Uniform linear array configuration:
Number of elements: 4
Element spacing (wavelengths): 0.75
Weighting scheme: binomial
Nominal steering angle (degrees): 30
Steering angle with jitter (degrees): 29.765
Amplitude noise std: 0.05
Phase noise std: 0.05

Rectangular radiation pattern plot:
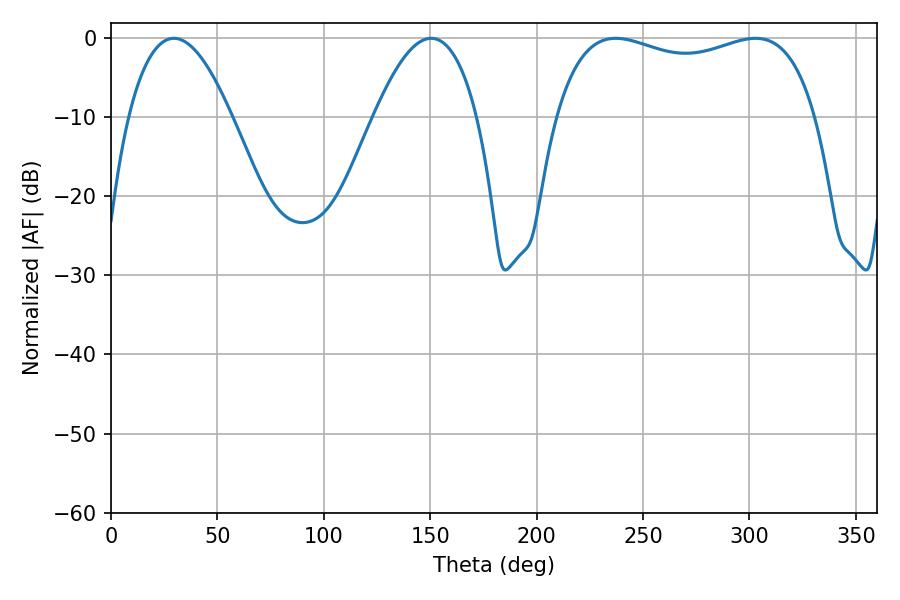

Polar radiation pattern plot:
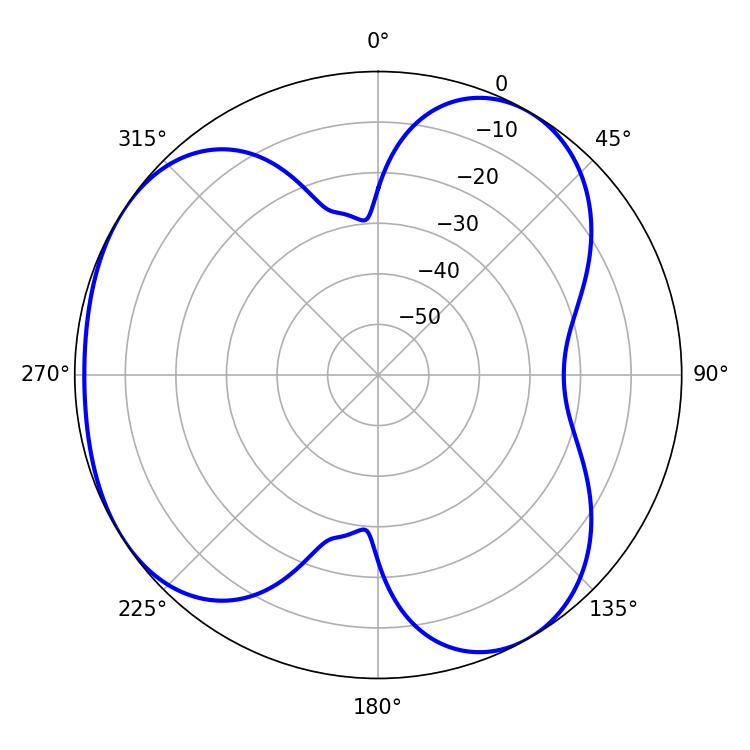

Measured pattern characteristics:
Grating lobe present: TRUE
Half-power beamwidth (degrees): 26.64
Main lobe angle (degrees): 29.52